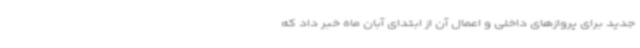
جدید برای پروازهای داخلی و اعمال آن از ابتدای آبان ماه خبر داد که